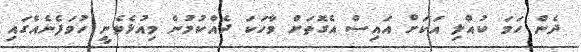
ދެން ހަމަ ކުއްލި އަކަށް އައިސް އެގޮތަށް ވާހަކަ ދެއްކުމުން މިއުޅެވެނީ ހުވަފެނެއްގައި